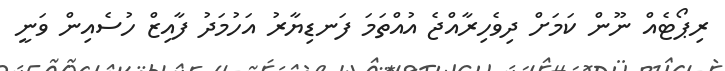
ރިޕޯޓެއް ނޫން ކަމަށް ދިވެހިރާއްޖެ އުއްތަމަ ފަނޑިޔާރު އަހުމަދު ފާއިޒް ހުސެއިން ވަނީ